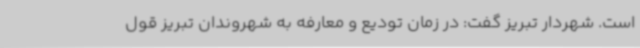
است. شهردار تبریز گفت: در زمان تودیع و معارفه به شهروندان ‌تبریز قول